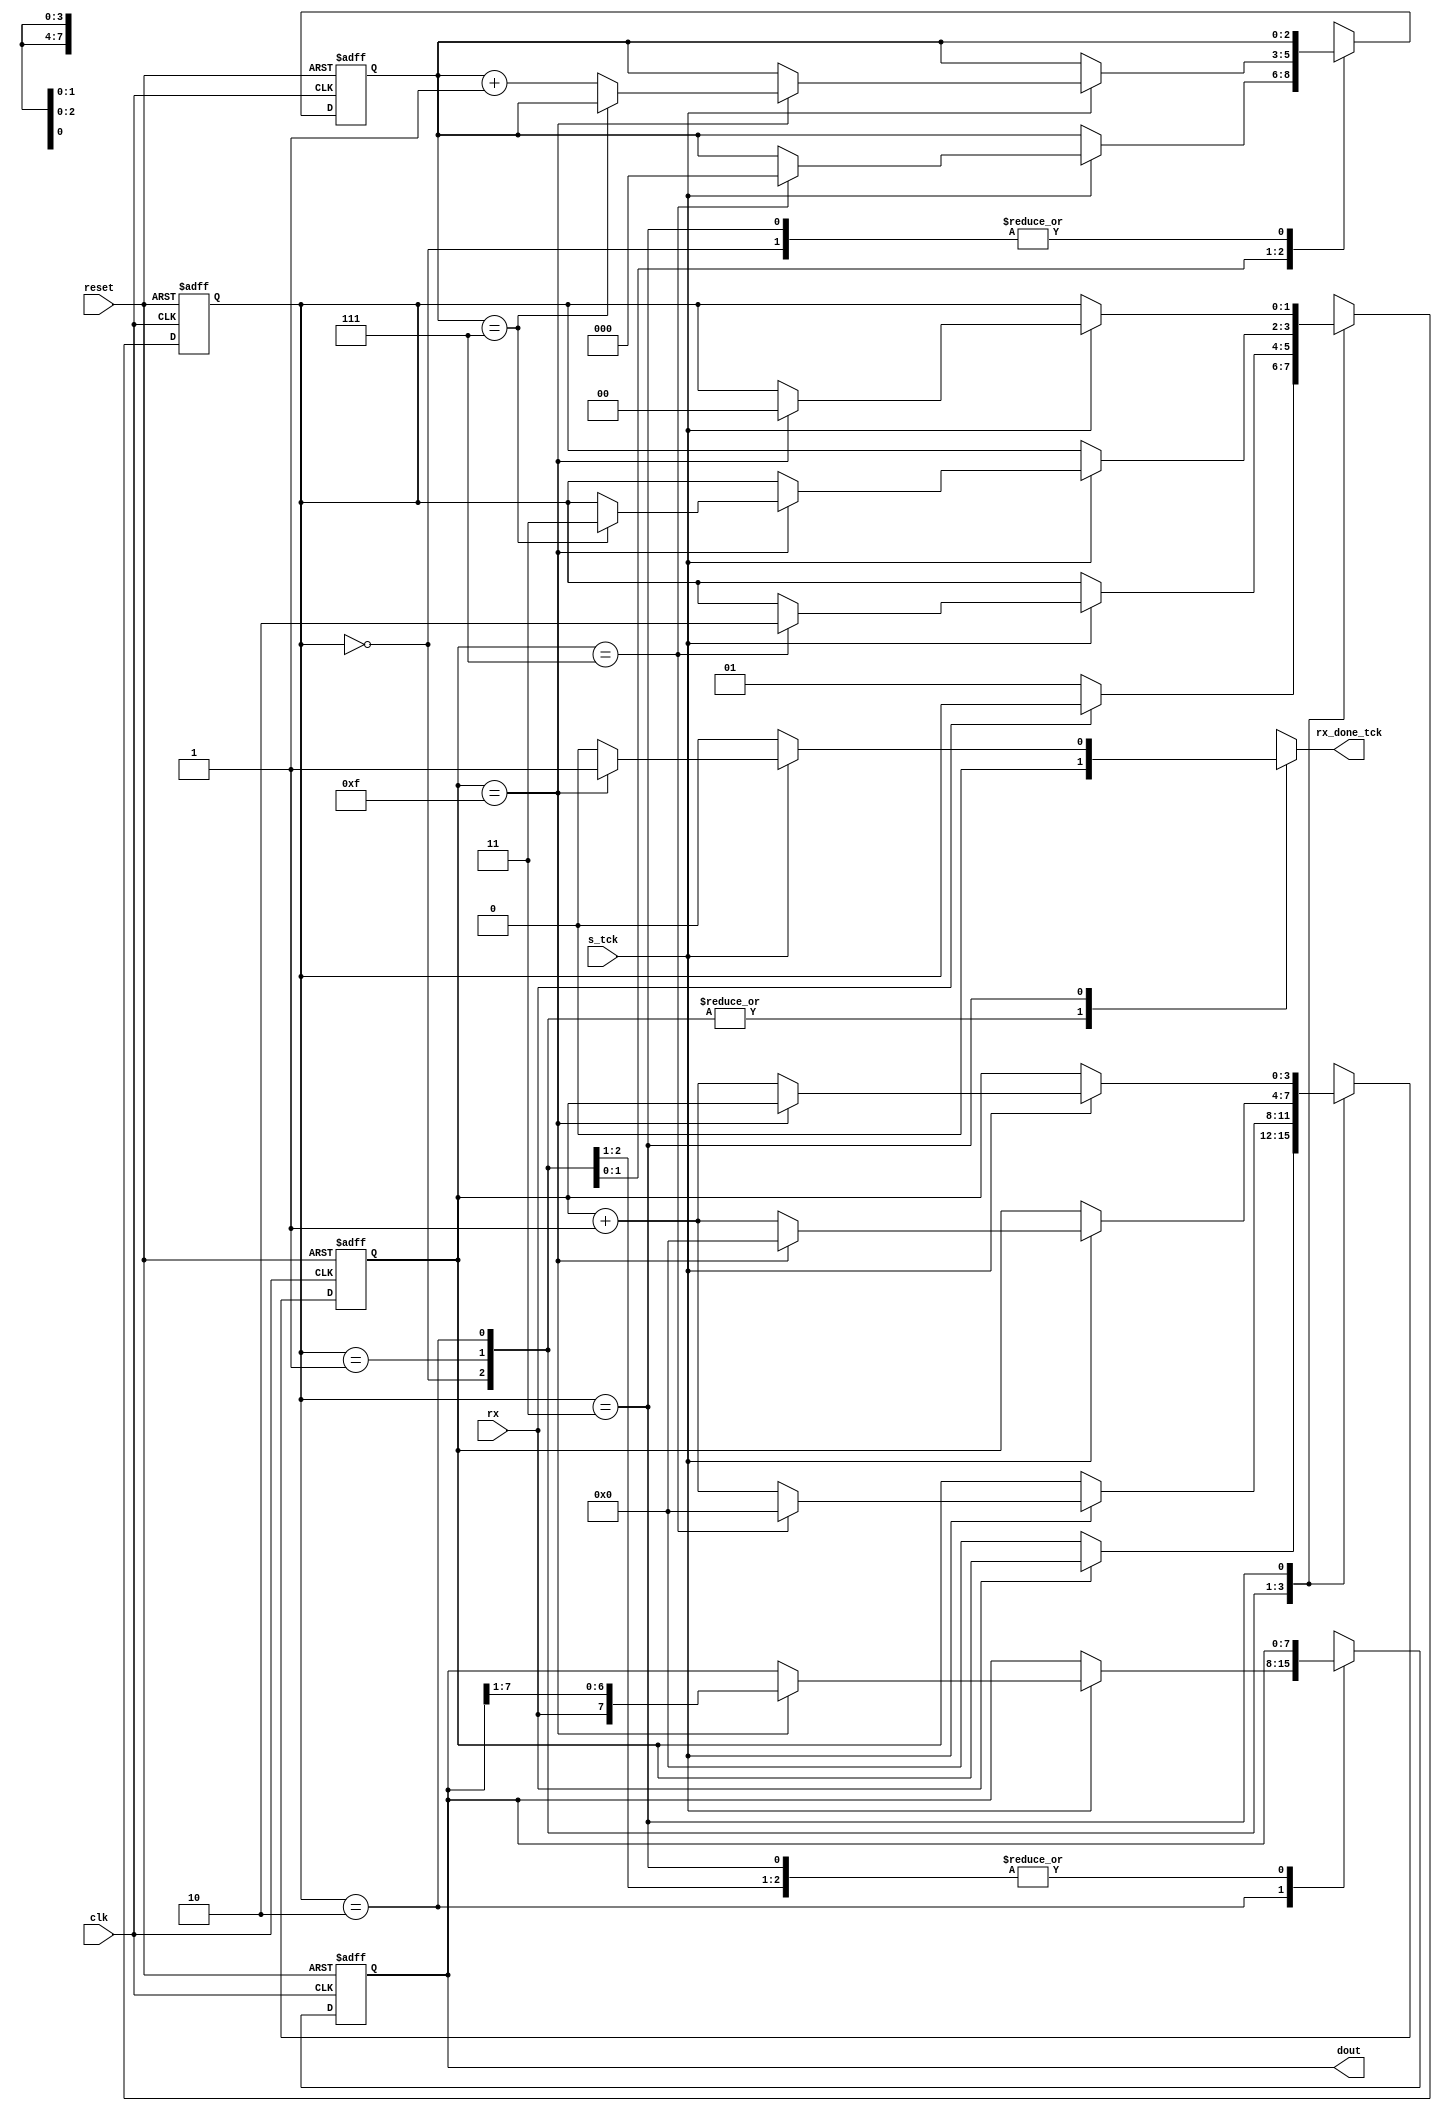
//////////////////////////////////////////////////////////////////////////////
/// Copyright (c) 2014, Ajit Mathew <ajitmathew04@gmail.com>
/// All rights reserved.
///
// Redistribution and use in source and binary forms, with or without modification, 
/// are permitted provided that the following conditions are met:
///
///  * Redistributions of source code must retain the above copyright notice, 
///    this list of conditions and the following disclaimer.
///  * Redistributions in binary form must reproduce the above copyright notice, 
///    this list of conditions and the following disclaimer in the documentation and/or 
///    other materials provided with the distribution.
///
///    THIS SOFTWARE IS PROVIDED BY THE COPYRIGHT HOLDERS AND CONTRIBUTORS "AS IS" AND ANY 
///    EXPRESS OR IMPLIED WARRANTIES, INCLUDING, BUT NOT LIMITED TO, THE IMPLIED WARRANTIES 
///    OF MERCHANTABILITY AND FITNESS FOR A PARTICULAR PURPOSE ARE DISCLAIMED. IN NO EVENT 
///    SHALL THE COPYRIGHT HOLDER OR CONTRIBUTORS BE LIABLE FOR ANY DIRECT, INDIRECT, 
///    INCIDENTAL, SPECIAL, EXEMPLARY, OR CONSEQUENTIAL DAMAGES (INCLUDING, BUT NOT 
///    LIMITED TO, PROCUREMENT OF SUBSTITUTE GOODS OR SERVICES; LOSS OF USE, DATA, OR 
///    PROFITS; OR BUSINESS INTERRUPTION) HOWEVER CAUSED AND ON ANY THEORY OF LIABILITY, 
///    WHETHER IN CONTRACT, STRICT LIABILITY, OR TORT (INCLUDING NEGLIGENCE OR OTHERWISE) 
///    ARISING IN ANY WAY OUT OF THE USE OF THIS SOFTWARE, EVEN IF ADVISED OF THE 
///   POSSIBILITY OF SUCH DAMAGE.
///
///
///  * http://opensource.org/licenses/MIT
///  * http://copyfree.org/licenses/mit/license.txt
///
//////////////////////////////////////////////////////////////////////////////

module uart_rx
   #(
     parameter DBIT = 8,     // No of data bits
               SB_tck = 16  // No of tcks for stop bits
   )
   (
    input wire clk, reset,
    input wire rx, s_tck,
    output reg rx_done_tck,
    output wire [7:0] dout
   );

   
   localparam [1:0] idle  = 2'b00,start = 2'b01,data  = 2'b10,stop  = 2'b11;

   
   reg [1:0] state_reg, state_next;
   reg [3:0] s, s_next;
   reg [2:0] n, n_next;
   reg [7:0] b, b_next;

  
   always @(posedge clk, posedge reset)
      if (reset)
         begin
            state_reg <= idle;
            s <= 0;
            n <= 0;
            b <= 0;
         end
      else
         begin
            state_reg <= state_next;
            s <= s_next;
            n <= n_next;
            b <= b_next;
         end

  
   always @*
   begin
      state_next = state_reg;
      rx_done_tck = 1'b0;
      s_next = s;
      n_next = n;
      b_next = b;
      case (state_reg)
         idle:
            if (~rx)
               begin
                  state_next = start;
                  s_next = 0;
               end
         start:
            if (s_tck)
               if (s==7)
                  begin
                     state_next = data;
                     s_next = 0;
                     n_next = 0;
                  end
               else
                  s_next = s + 1;
         data:
            if (s_tck)
               if (s==15)
                  begin
                     s_next = 0;
                     b_next = {rx, b[7:1]};
                     if (n==(DBIT-1))
                        state_next = stop ;
                      else
                        n_next = n + 1;
                   end
               else
                  s_next = s + 1;
         stop:
            if (s_tck)
               if (s==(SB_tck-1))
                  begin
                     state_next = idle;
                     rx_done_tck =1'b1;
                  end
               else
                  s_next = s + 1;
      endcase
   end
   
   assign dout = b;

endmodule